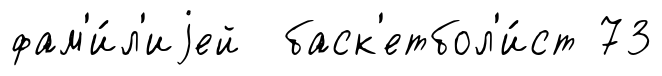
фам'и́л'иjей баск'етбол'и́ст 73